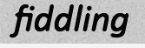
fiddling